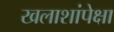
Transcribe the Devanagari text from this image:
खलाशांपेक्षा